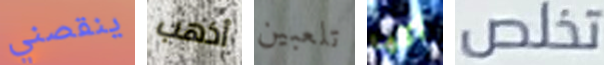
ينقصني أذهب تلعبين أكلها تخلص